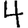
Digit: 4